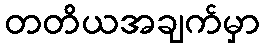
တတိယအချက်မှာ